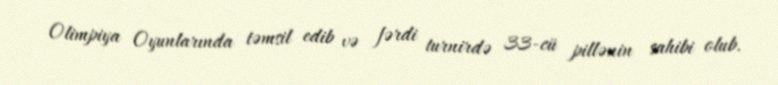
Olimpiya Oyunlarında təmsil edib və fərdi turnirdə 33-cü pillənin sahibi olub.